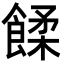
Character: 𩜷